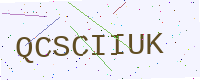
Text: QCSCIIUK